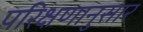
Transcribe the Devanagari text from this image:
परिक्षणानुसार